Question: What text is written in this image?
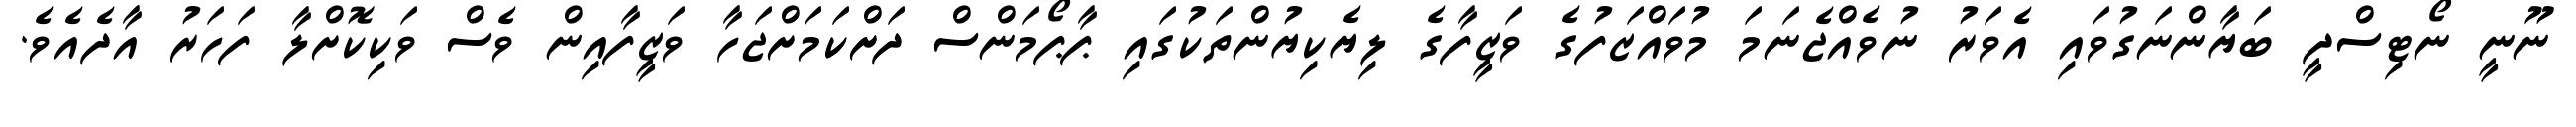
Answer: ނޫނީ ނޯޓިސްދީ ބަޔާންނަގުވައި އެވަރު ނުވެއްޖެނަމަ މުވައްޒަފުގެ ވަޒީފާގެ ލިޔެކިޔުންތަކުގައި ޕާޕޯމަންސް ދަށްކަމަށްޖަހާ ވަޒީފާއިން ވެސް ވަކިކޮށްލާ ފަހަރު އާދެއެވެ.